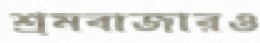
শ্রমবাজারও